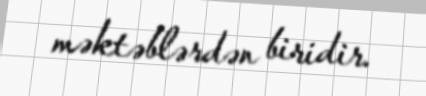
məktəblərdən biridir.